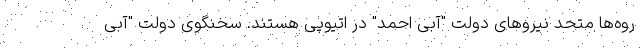
روه‌ها متحد نیروهای دولت "آبی احمد" در اتیوپی هستند. سخنگوی دولت "آبی